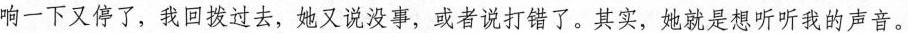
响一下又停了，我回拨过去，她又说没事，或者说打错了。其实，她就是想听听我的声音。